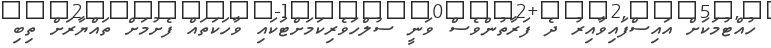
ހުއްޓުމަކަށް އައިސްފައިވާއިރު ދެ ފަރާތުންވެސް ވަނީ ސުލްހަވެރިކަމަށްޓަކައި ވާހަކަތައް ފެށުމަށް ތައްޔާރަށް ތިބި